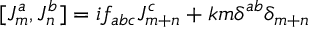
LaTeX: [ J _ { m } ^ { a } , J _ { n } ^ { b } ] = i f _ { a b c } J _ { m + n } ^ { c } + k m { \delta } ^ { a b } { \delta } _ { m + n }